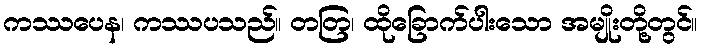
ကဿပေန၊ ကဿပသည်။ တတြ၊ ထိုခြောက်ပါးသော အမျိုးတို့တွင်။